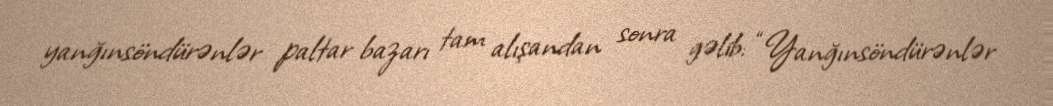
yanğınsöndürənlər paltar bazarı tam alışandan sonra gəlib: “Yanğınsöndürənlər